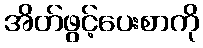
အိတ်ဖွင့်ပေးစာကို